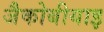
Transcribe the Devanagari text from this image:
जैकोबीयाइ